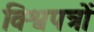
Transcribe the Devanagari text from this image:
विश्वपत्रों